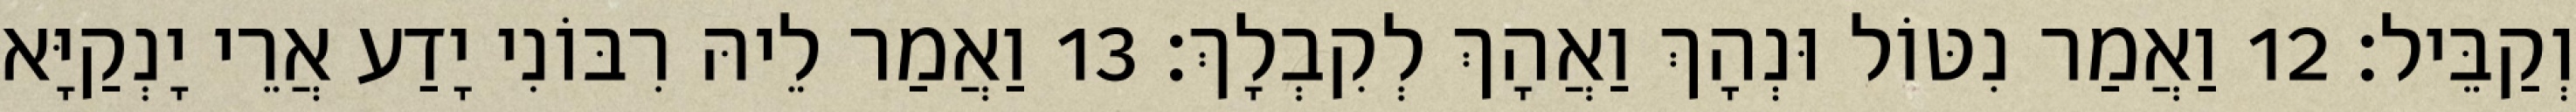
וְקַבֵּיל׃ 12 וַאֲמַר נִטּוֹל וּנְהָךְ וַאֲהָךְ לְקִבְלָךְ׃ 13 וַאֲמַר לֵיהּ רִבּוֹנִי יָדַע אֲרֵי יָנְקַיָּא